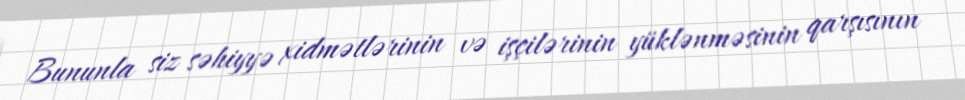
Bununla siz səhiyyə xidmətlərinin və işçilərinin yüklənməsinin qarşısının